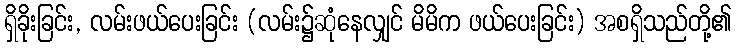
ရှိခိုးခြင်း, လမ်းဖယ်ပေးခြင်း (လမ်း၌ဆုံနေလျှင် မိမိက ဖယ်ပေးခြင်း) အစရှိသည်တို့၏